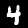
Digit: 4